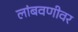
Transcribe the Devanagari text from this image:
लांबवणीवर